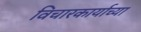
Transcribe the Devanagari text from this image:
विचारकार्याच्या